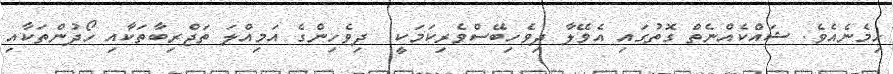
ހިމެނެއެވެ. ޝައްކެއްނެތް ގޮތުގައި އެވޭލާ ދިވެހިބޭސްވެރިކަމަކީ  ދިވެހިންގެ އަމިއްލަ ތަޖްރިބާތަކާއި ހޯދުންތަކާއި